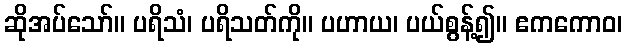
ဆိုအပ်သော်။ ပရိသံ၊ ပရိသတ်ကို။ ပဟာယ၊ ပယ်စွန့်၍။ ဧကကောဝ၊